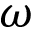
\omega